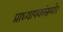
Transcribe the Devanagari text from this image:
प्राध्यापकांसमोर